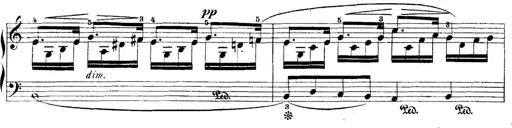
Title: 5 Sonatinas
Composer: Theodor Kirchner